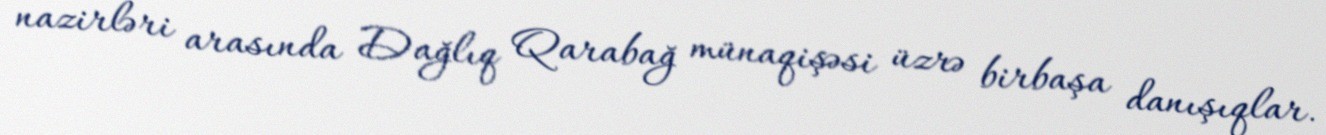
nazirləri arasında Dağlıq Qarabağ münaqişəsi üzrə birbaşa danışıqlar.